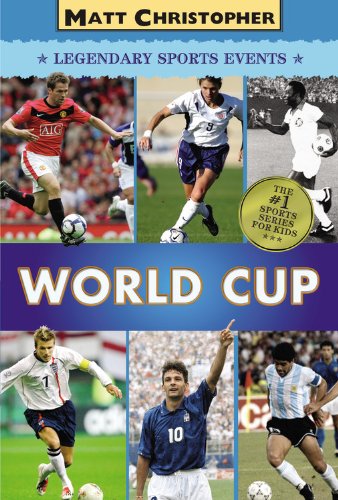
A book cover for World Cup (Matt Christopher Legendary Sports Events); Matt Christopher; Children's Books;